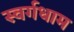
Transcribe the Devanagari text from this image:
स्वर्गधाम